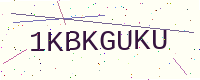
Text: 1KBKGUKU